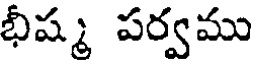
భీష్మ పర్వము